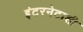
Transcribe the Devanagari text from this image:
इंटरनेटाशी